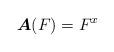
LaTeX: \begin{align*}\mbox{\boldmath{$A$}}(F)=F^x\end{align*}